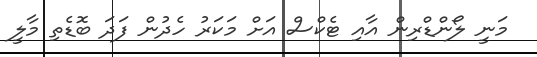
މަނީ ލޯންޑްރިން އާއި ޓެކްސް އަށް މަކަރު ހެދުން ފަދަ ބޮޑެތި މާލީ